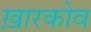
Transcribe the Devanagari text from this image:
ख़ारकोव